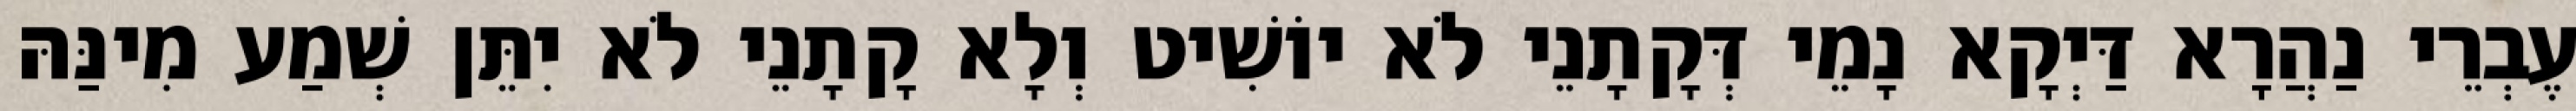
עֶבְרֵי נַהֲרָא דַּיְקָא נָמֵי דְּקָתָנֵי לֹא יוֹשִׁיט וְלָא קָתָנֵי לֹא יִתֵּן שְׁמַע מִינַּהּ